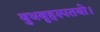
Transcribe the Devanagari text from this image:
बुधबृहस्पतयो।